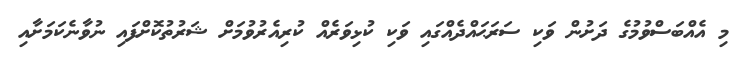
މި އެއްބަސްވުމުގެ ދަށުން ވަކި ސަރަޙައްދެއްގައި ވަކި ކުޅިވަރެއް ކުރިއެރުވުމަށް ޝަރުތުކޮށްފައި ނުވާނެކަމަށާއި